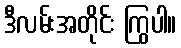
ဒီလမ်းအတိုင်း ကြွပါ။